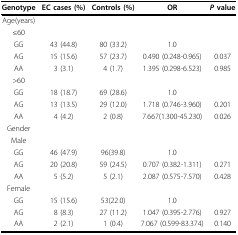
<table><thead><tr><td><b>Genotype</b></td><td><b>EC cases (%)</b></td><td><b>Controls (%)</b></td><td><b>OR</b></td><td><b><i>P </i>value</b></td></tr></thead><tbody><tr><td>Age(years)</td><td></td><td></td><td></td><td></td></tr><tr><td>≤60</td><td></td><td></td><td></td><td></td></tr><tr><td>GG</td><td>43 (44.8)</td><td>80 (33.2)</td><td>1.0</td><td></td></tr><tr><td>AG</td><td>15 (15.6)</td><td>57 (23.7)</td><td>0.490 (0.248-0.965)</td><td>0.037</td></tr><tr><td>AA</td><td>3 (3.1)</td><td>4 (1.7)</td><td>1.395 (0.298-6.523)</td><td>0.985</td></tr><tr><td>&gt;60</td><td></td><td></td><td></td><td></td></tr><tr><td>GG</td><td>18 (18.7)</td><td>69 (28.6)</td><td>1.0</td><td></td></tr><tr><td>AG</td><td>13 (13.5)</td><td>29 (12.0)</td><td>1.718 (0.746-3.960)</td><td>0.201</td></tr><tr><td>AA</td><td>4 (4.2)</td><td>2 (0.8)</td><td>7.667(1.300-45.230)</td><td>0.026</td></tr><tr><td>Gender</td><td></td><td></td><td></td><td></td></tr><tr><td>Male</td><td></td><td></td><td></td><td></td></tr><tr><td>GG</td><td>46 (47.9)</td><td>96(39.8)</td><td>1.0</td><td></td></tr><tr><td>AG</td><td>20 (20.8)</td><td>59 (24.5)</td><td>0.707 (0.382-1.311)</td><td>0.271</td></tr><tr><td>AA</td><td>5 (5.2)</td><td>5 (2.1)</td><td>2.087 (0.575-7.570)</td><td>0.428</td></tr><tr><td>Female</td><td></td><td></td><td></td><td></td></tr><tr><td>GG</td><td>15 (15.6)</td><td>53(22.0)</td><td>1.0</td><td></td></tr><tr><td>AG</td><td>8 (8.3)</td><td>27 (11.2)</td><td>1.047 (0.395-2.776)</td><td>0.927</td></tr><tr><td>AA</td><td>2 (2.1)</td><td>1 (0.4)</td><td>7.067 (0.599-83.374)</td><td>0.140</td></tr></tbody></table>